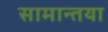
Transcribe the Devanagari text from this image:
सामान्तया